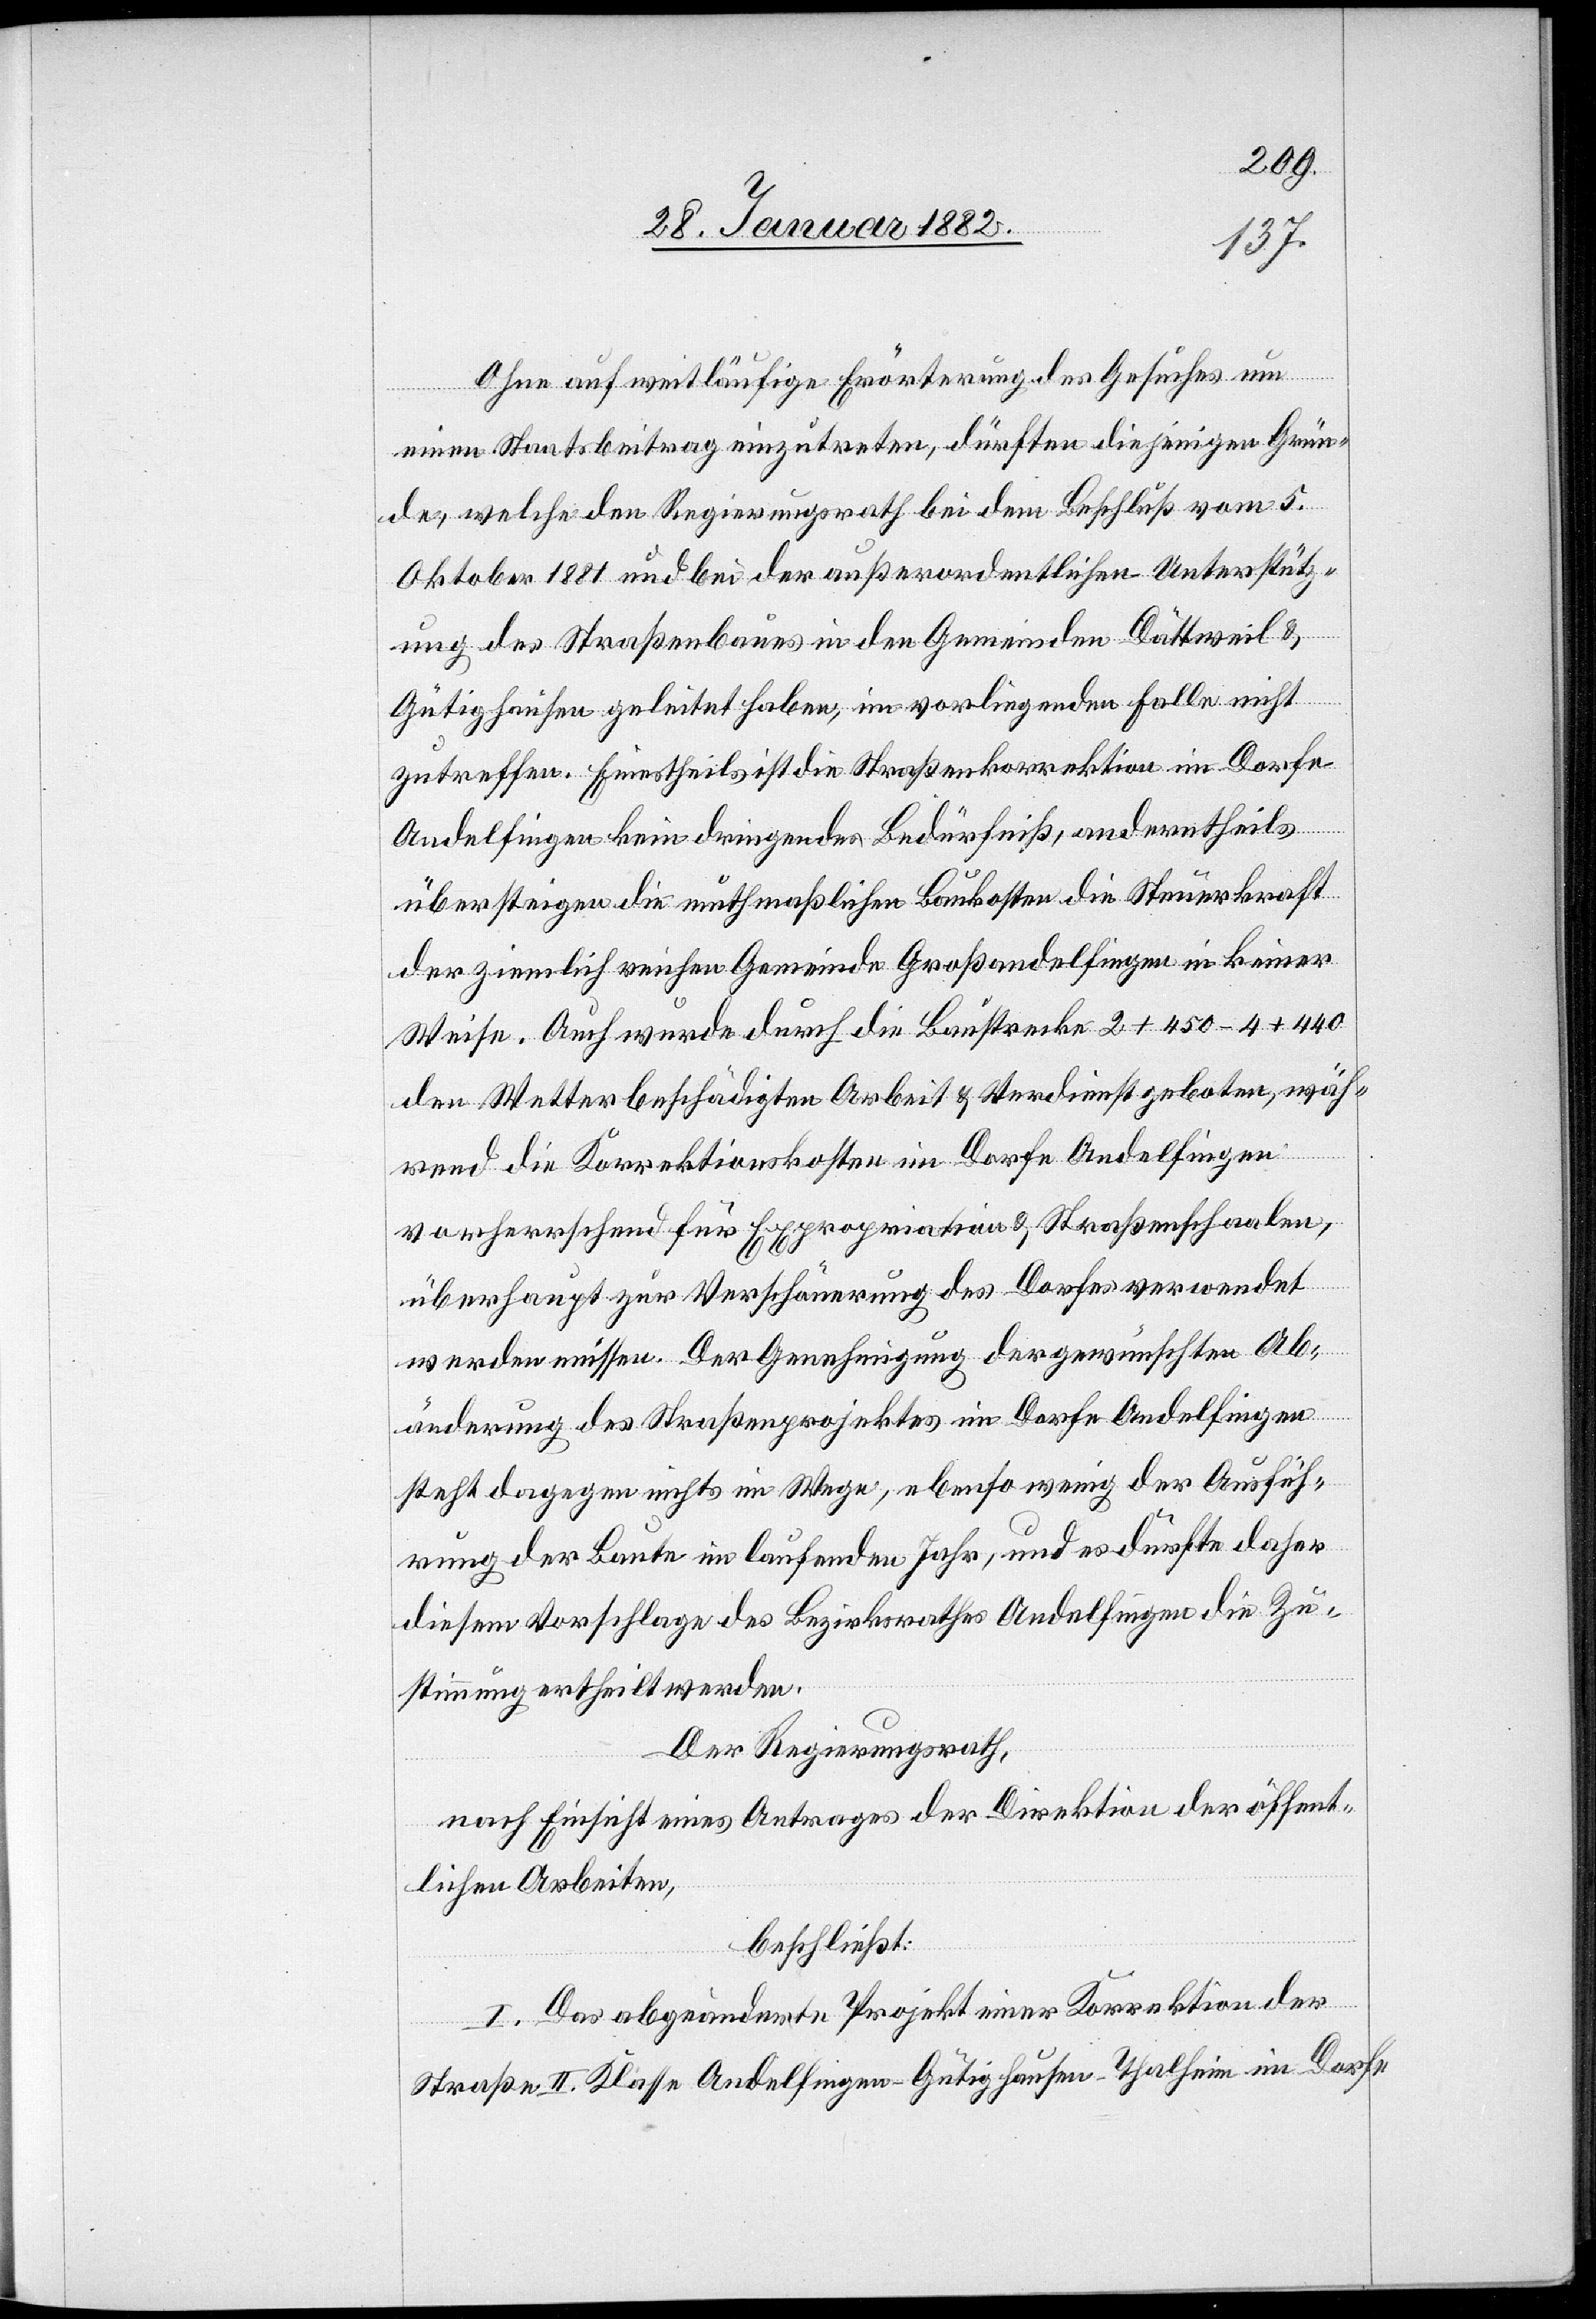
Ohne auf weitläufige Erörterung des Gesuches um
einen Staatsbeitrag einzutreten, dürften diejenigen Grün¬
de, welche den Regierungsrath bei dem Beschluß vom 5.
Oktober 1881 und bei der außerordentlichen Unterstütz¬
ung des Straßenbaues in den Gemeinden Dättweil &
Gütighausen geleitet haben, im vorliegenden Falle nicht
zutreffen. Einestheils ist die Straßenkorrektion im Dorfe
Andelfingen kein dringendes Bedürfniß, anderntheils
übersteigen die muthmaßlichen Baukosten die Steuerkraft
der ziemlich reichen Gemeinde Großandelfingen in keiner
Weise. Auch wurde durch die Baustrecke 2 + 450-4 + 440
den Wetterbeschädigten Arbeit & Verdienst geboten, wäh¬
rend die Korrektionskosten im Dorfe Andelfingen
vorherrschend für Expropriation & Straßenschaalen,
überhaupt zur Verschönerung des Dorfes verwendet
werden müssen. Der Genehmigung der gewünschten Ab¬
änderung des Straßenprojektes im Dorfe Andelfingen
steht dagegen nichts im Wege, ebenso wenig der Ausfüh¬
rung der Baute im laufenden Jahr, und es dürfte daher
diesem Vorschlage des Bezirksrathes Andelfingen die Zu¬
stimmung ertheilt werden.
Der Regierungsrath,
nach Einsicht eines Antrages der Direktion der öffent¬
lichen Arbeiten,
beschließt:
I. Das abgeänderte Projekt einer Korrektion der
Straße II. Klasse Andelfingen–Gütighausen–Thalheim im Dorfe